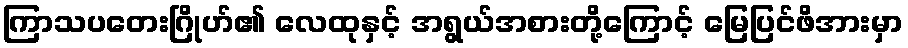
ကြာသပတေးဂြိုဟ်၏ လေထုနှင့် အရွယ်အစားတို့ကြောင့် မြေပြင်ဖိအားမှာ